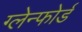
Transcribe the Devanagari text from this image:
ग्लेन्फोर्ड